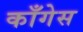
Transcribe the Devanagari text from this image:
काँगेस